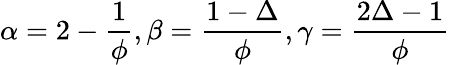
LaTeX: \alpha=2-{\frac{1}{\phi}},\beta={\frac{1-\Delta}{\phi}},\gamma={\frac{2\Delta-1}{\phi}}